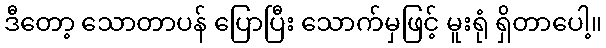
ဒီတော့ သောတာပန် ပြောပြီး သောက်မှဖြင့် မူးရုံ ရှိတာပေါ့။